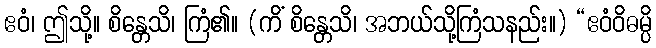
ဧဝံ၊ ဤသို့။ စိန္တေသိ၊ ကြံ၏။ (ကိံ စိန္တေသိ၊ အဘယ်သို့ကြံသနည်း။) “ဧဝံဝိဓမ္ပိ